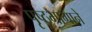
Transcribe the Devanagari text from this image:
पृष्ठभागाने